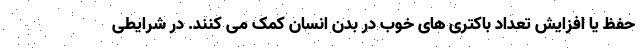
حفظ یا افزایش تعداد باکتری های خوب در بدن انسان کمک می کنند. در شرایطی